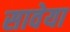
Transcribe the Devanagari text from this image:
सावेया